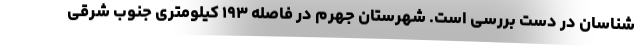
شناسان در دست بررسی است. شهرستان جهرم در فاصله ۱۹۳ کیلومتری جنوب شرقی